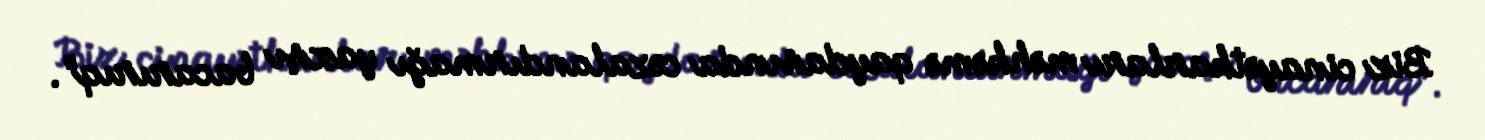
Biz cinayətkarları məhkəmə qaydasında cəzalandırmağı yaxşı bacarırıq".